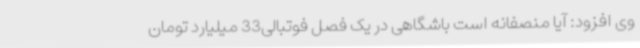
وی افزود: آیا منصفانه است باشگاهی در یک فصل فوتبالی33 میلیارد تومان